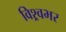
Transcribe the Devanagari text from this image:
विश्र्वभर